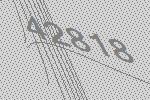
42818